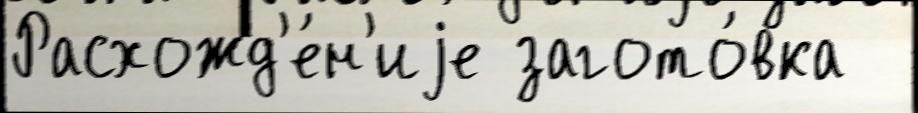
Расхожд'е́н'иjе загото́вка